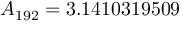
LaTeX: A _ { 1 9 2 } = 3 . 1 4 1 0 3 1 9 5 0 9